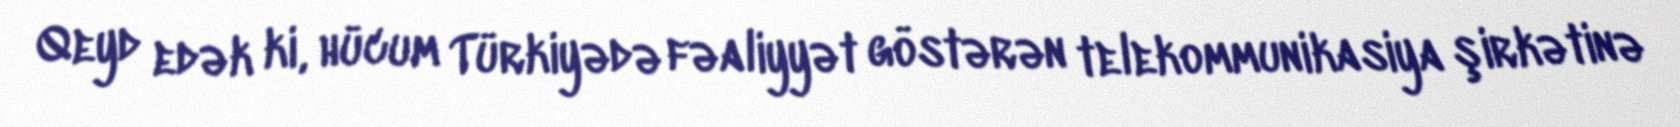
Qeyd edək ki, hücum Türkiyədə fəaliyyət göstərən telekommunikasiya şirkətinə